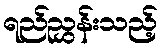
ရည်ညွှန်းသည့်